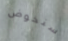
سنخوض